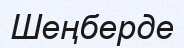
Шеңберде